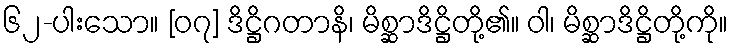
၆၂-ပါးသော။ [၀၇] ဒိဋ္ဌိဂတာနိ၊ မိစ္ဆာဒိဋ္ဌိတို့၏။ ဝါ၊ မိစ္ဆာဒိဋ္ဌိတို့ကို။